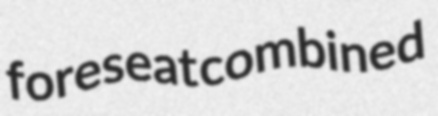
foreseat combined